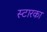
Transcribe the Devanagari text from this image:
स्टारका